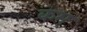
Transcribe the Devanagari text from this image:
कम्‌